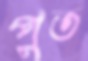
পুত